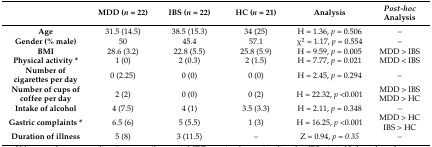
<table><thead><tr><td></td><td><b>MDD (<i>n</i> = 22)</b></td><td><b>IBS (<i>n</i> = 22)</b></td><td><b>HC (<i>n</i> = 21)</b></td><td><b>Analysis</b></td><td><b><i>Post-hoc</i> Analysis</b></td></tr></thead><tbody><tr><td><b>Age</b></td><td>31.5 (14.5)</td><td>38.5 (15.3)</td><td>34 (25)</td><td>H = 1.36, <i>p</i> = 0.506</td><td>–</td></tr><tr><td><b>Gender (% male)</b></td><td>50</td><td>45.4</td><td>57.1</td><td>χ<sup>2</sup> = 1.17, <i>p</i> = 0.554</td><td>–</td></tr><tr><td><b>BMI</b></td><td>28.6 (3.2)</td><td>22.8 (5.5)</td><td>25.8 (5.9)</td><td>H = 9.59, <i>p</i> = 0.005</td><td>MDD &gt; IBS</td></tr><tr><td><b>Physical activity *</b></td><td>1 (0)</td><td>2 (0.3)</td><td>2 (1.5)</td><td>H = 7.77, <i>p</i> = 0.021</td><td>MDD &lt; IBS</td></tr><tr><td><b>Number of cigarettes per day</b></td><td>0 (2.25)</td><td>0 (0)</td><td>0 (0)</td><td>H = 2.45, <i>p</i> = 0.294</td><td>–</td></tr><tr><td><b>Number of cups of coffee per day</b></td><td>2 (2)</td><td>0 (0)</td><td>0 (2)</td><td>H = 22.32, <i>p</i> &lt;0.001</td><td>MDD &gt; IBS MDD &gt; HC</td></tr><tr><td><b>Intake of alcohol</b></td><td>4 (7.5)</td><td>4 (1)</td><td>3.5 (3.3)</td><td>H = 2.11, <i>p</i> = 0.348</td><td>–</td></tr><tr><td><b>Gastric complaints *</b></td><td>6.5 (6)</td><td>5 (5.5)</td><td>1 (3)</td><td>H = 16.25, <i>p</i> &lt;0.001</td><td>MDD &gt; HC IBS &gt; HC</td></tr><tr><td><b>Duration of illness</b></td><td>5 (8)</td><td>3 (11.5)</td><td>–</td><td>Z = 0.94, <i>p = 0.35</i></td><td>–</td></tr></tbody></table>